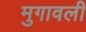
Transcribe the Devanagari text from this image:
मुगावली